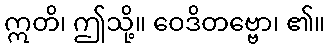
ဣတိ၊ ဤသို့။ ဝေဒိတဗ္ဗော၊ ၏။